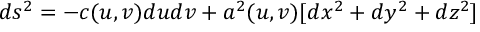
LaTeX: d s ^ { 2 } = - c ( u , v ) d u d v + a ^ { 2 } ( u , v ) [ d x ^ { 2 } + d y ^ { 2 } + d z ^ { 2 } ]